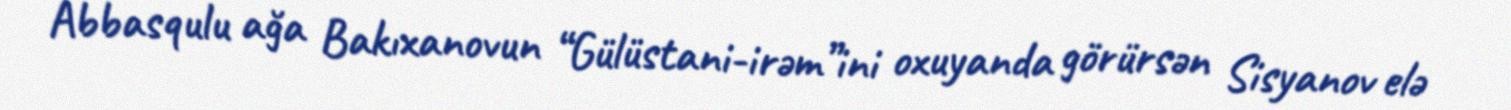
Abbasqulu ağa Bakıxanovun “Gülüstani-irəm”ini oxuyanda görürsən Sisyanov elə